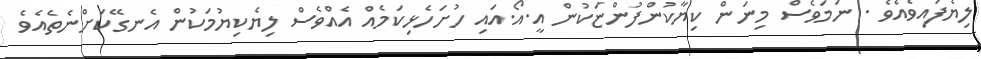
ލިޔެފައިވެއެވެ . ނަމަވެސް މިނަން ކިޔާކުންފުންޏަކުން އީ.އޯ.އައި ހުށަހެޅިކަމެއް އެއްވެސް ލިޔެކިޔުމަކުން އެނގޭކަށްނެތެއެވެ